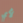
لأي